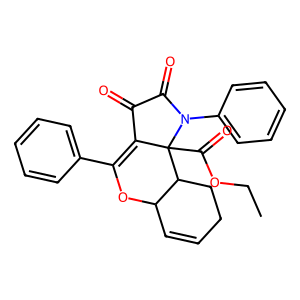
SMILES: CCOC(=O)C12C(=C(c3ccccc3)OC3C=CCCC31)C(=O)C(=O)N2c1ccccc1
Inhibits HIV replication: No